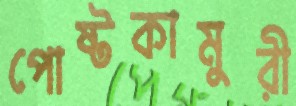
পোষ্টকামুরী